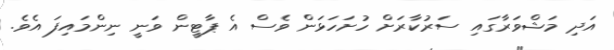
އަދި މަޝްވަރާގައި ސަރުކާރަށް ހުށަހަޅަން ވެސް އެ ޕާޓީން ވަނީ ނިންމައިފަ އެވެ.